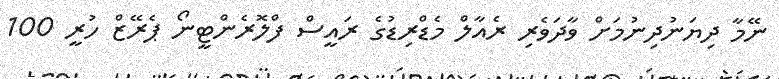
ނޭމާ ދިޔަނުދިނުމަށް ވާދަވެރި ރެއާލް މެޑްރިޑުގެ ރައީސް ފްލޮރެންޓީނޯ ޕެރޭޒް ހުރީ 100